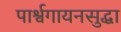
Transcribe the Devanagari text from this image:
पार्श्वगायनसुद्धा